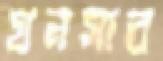
ঘনসার